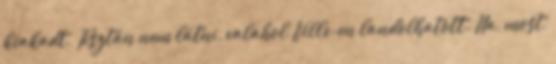
kiakadt. Tisztán nem látni, valahol Ville-en landolhatott. Na, most,